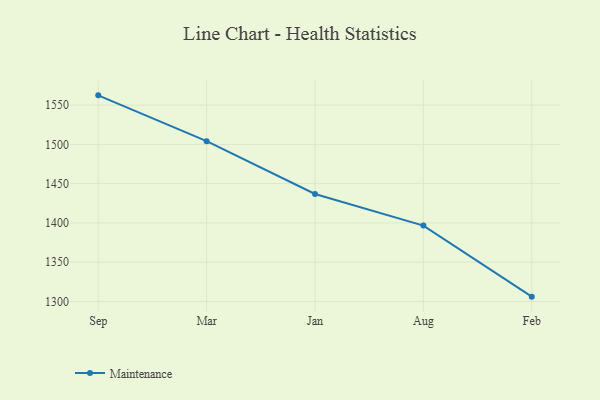
{"axis": {"x": "Month", "y": "Budget (USD K)"}, "legend": ["Maintenance"], "data": [{"x": "Sep", "y": 1562.4, "type": "Maintenance"}, {"x": "Mar", "y": 1504.1, "type": "Maintenance"}, {"x": "Jan", "y": 1436.8, "type": "Maintenance"}, {"x": "Aug", "y": 1396.6, "type": "Maintenance"}, {"x": "Feb", "y": 1306.1, "type": "Maintenance"}]}